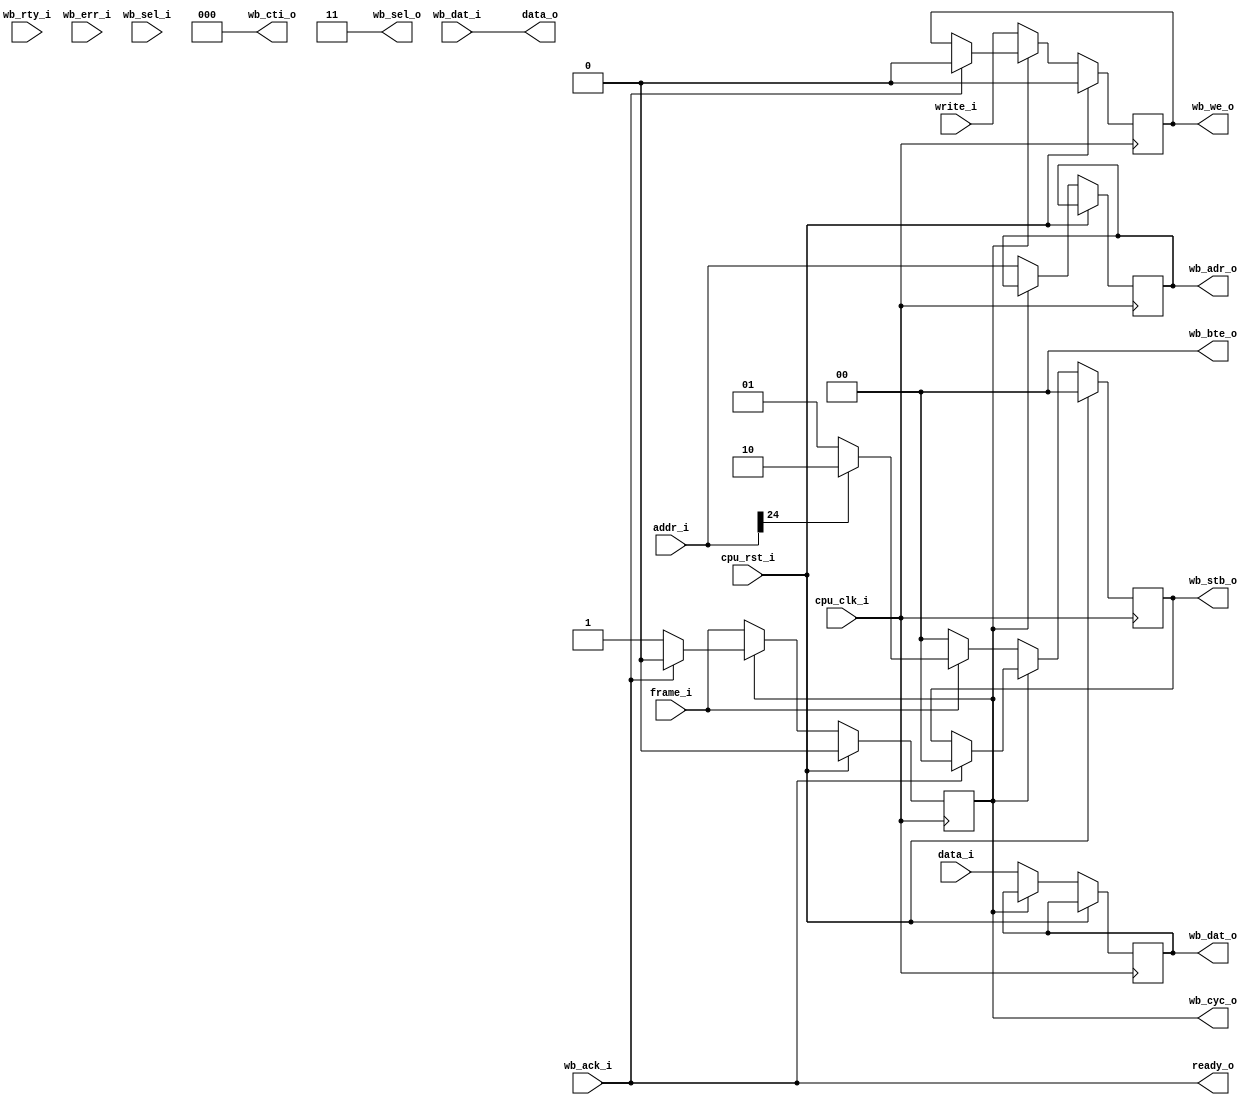
/***************************************************************************
 *                                                                         *
 *   risc_mem_wb.v - Lightweight CPU->WB interface.                        *
 *                                                                         *
 *   Copyright (C) 2008 by Patrick Suggate                                 *
 *   patrick@physics.otago.ac.nz                                           *
 *                                                                         *
 *   This program is free software; you can redistribute it and/or modify  *
 *   it under the terms of the GNU General Public License as published by  *
 *   the Free Software Foundation; either version 2 of the License, or     *
 *   (at your option) any later version.                                   *
 *                                                                         *
 *   This program is distributed in the hope that it will be useful,       *
 *   but WITHOUT ANY WARRANTY; without even the implied warranty of        *
 *   MERCHANTABILITY or FITNESS FOR A PARTICULAR PURPOSE.  See the         *
 *   GNU General Public License for more details.                          *
 *                                                                         *
 *   You should have received a copy of the GNU General Public License     *
 *   along with this program; if not, write to the                         *
 *   Free Software Foundation, Inc.,                                       *
 *   59 Temple Place - Suite 330, Boston, MA  02111-1307, USA.             *
 ***************************************************************************/

// TODO: Currently the `wb' and `cpu' clocks have to be the same.
// TODO: `HIGHZ'.
// TODO: Currently the bus-widths have to be the same.

`timescale 1ns/100ps
module risc_mem_wb #(
	parameter	HIGHZ	= 0,
	parameter	WIDTH	= 16,
	parameter	ADDRESS	= 25,
	parameter	WBBITS	= WIDTH,
// 	parameter	WBBITS	= 32,
	parameter	ENABLES	= WBBITS / 8,
	parameter	MSB	= WIDTH - 1,
	parameter	ESB	= ENABLES - 1,
	parameter	ASB	= ADDRESS - 1,
	parameter	WSB	= WBBITS - 1
) (
	input		cpu_clk_i,
	input		cpu_rst_i,
	
	input		frame_i,
	input		write_i,
	output		ready_o,
	input	[ASB:0]	addr_i,
	input	[MSB:0]	data_i,
	output	[MSB:0]	data_o,
	
	output	reg	wb_cyc_o	= 0,
	output	reg	[1:0]	wb_stb_o	= 0,
	output	reg	wb_we_o		= 0,
	input		wb_ack_i,
	input		wb_rty_i,
	input		wb_err_i,
	output	[2:0]	wb_cti_o,	// Single-word transfers
	output	[1:0]	wb_bte_o,
	output	reg	[ASB:0]	wb_adr_o,
	output	[ESB:0]	wb_sel_o,
	output	reg	[WSB:0]	wb_dat_o,
	input	[ESB:0]	wb_sel_i,
	input	[WSB:0]	wb_dat_i
);

assign	data_o	= wb_dat_i;
assign	ready_o	= wb_ack_i;

assign	wb_cti_o	= 0;
assign	wb_bte_o	= 0;
assign	wb_sel_o	= {ENABLES{1'b1}};

always @(posedge cpu_clk_i)
	if (cpu_rst_i)
		{wb_cyc_o, wb_stb_o, wb_we_o}	<= #2 4'b0000;
	else if (!wb_cyc_o) begin
		wb_cyc_o	<= #2 frame_i;
		if (frame_i)
			wb_stb_o	<= #2 addr_i[ASB] ? 2'b10 : 2'b01 ;
		else
			wb_stb_o	<= #2 0;
		wb_we_o		<= #2 write_i;
		wb_adr_o	<= #2 addr_i;
		wb_dat_o	<= #2 data_i;
	end else if (wb_ack_i) begin
		wb_cyc_o	<= #2 0;
		wb_stb_o	<= #2 0;
		wb_we_o		<= #2 0;
	end

endmodule	// risc_mem_wb